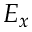
E _ { x }